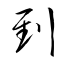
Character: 剄